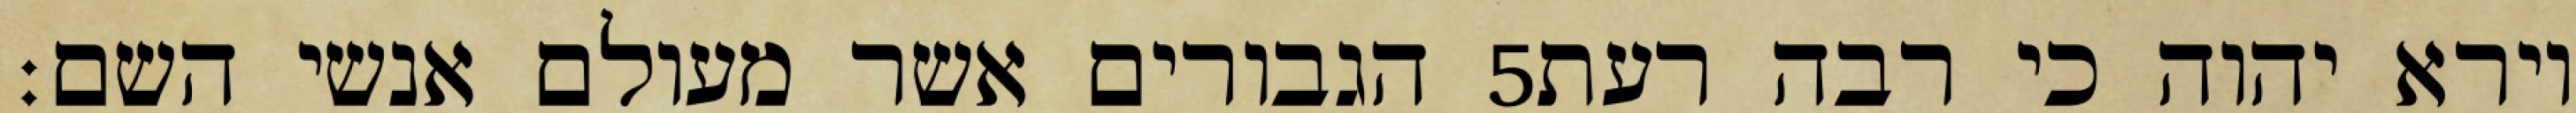
הגבורים אשר מעולם אנשי השם׃ ‎5‏ וירא יהוה כי רבה רעת